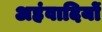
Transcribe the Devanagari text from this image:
अहंवादियों